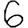
Digit: 6